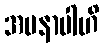
အမနာပါဟိ